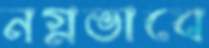
নগ্নভাবে